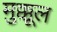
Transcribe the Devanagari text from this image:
मुक्कूल